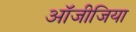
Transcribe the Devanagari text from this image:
ऑजीजिया